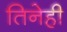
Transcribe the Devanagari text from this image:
तिनेही